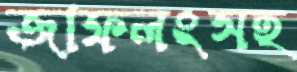
জাফলংসহ